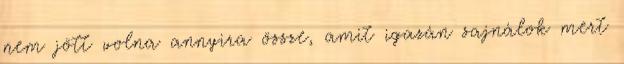
nem jött volna annyira össze, amit igazán sajnálok mert